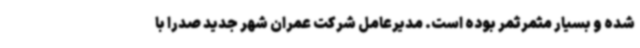
شده و بسیار مثمرثمر بوده است. مدیرعامل شرکت عمران شهر جدید صدرا با